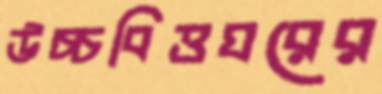
উচ্চবিত্তঘরের